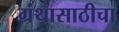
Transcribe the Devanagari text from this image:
ग्रंथासाठीचा